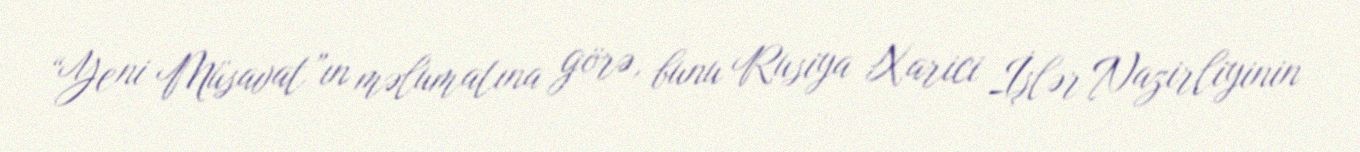
“Yeni Müsavat”ın məlumatına görə, bunu Rusiya Xarici İşlər Nazirliyinin